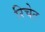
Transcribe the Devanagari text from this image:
रिचेट